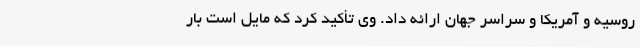
روسیه و آمریکا و سراسر جهان ارائه داد. وی تأکید کرد که مایل است بار